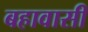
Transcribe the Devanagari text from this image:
बहावासी